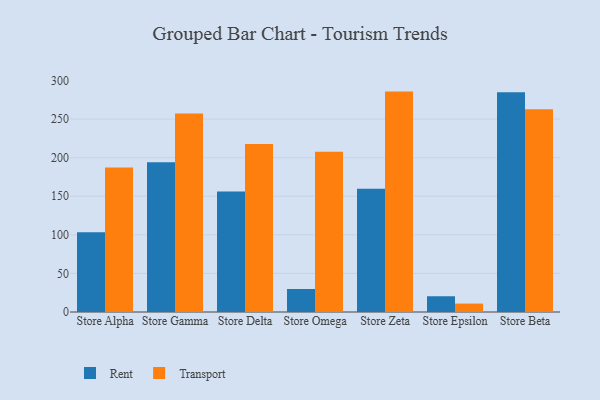
{"axis": {"x": "Store", "y": "Satisfaction Score"}, "legend": ["Rent", "Transport"], "data": [{"x": "Store Alpha", "y": 103.4, "type": "Rent"}, {"x": "Store Alpha", "y": 187.2, "type": "Transport"}, {"x": "Store Gamma", "y": 194.2, "type": "Rent"}, {"x": "Store Gamma", "y": 257.3, "type": "Transport"}, {"x": "Store Delta", "y": 156.1, "type": "Rent"}, {"x": "Store Delta", "y": 217.6, "type": "Transport"}, {"x": "Store Omega", "y": 29.8, "type": "Rent"}, {"x": "Store Omega", "y": 207.8, "type": "Transport"}, {"x": "Store Zeta", "y": 159.8, "type": "Rent"}, {"x": "Store Zeta", "y": 285.6, "type": "Transport"}, {"x": "Store Epsilon", "y": 20.4, "type": "Rent"}, {"x": "Store Epsilon", "y": 10.9, "type": "Transport"}, {"x": "Store Beta", "y": 284.7, "type": "Rent"}, {"x": "Store Beta", "y": 262.7, "type": "Transport"}]}